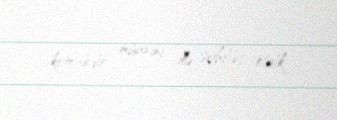
komandir müavini ilə söhbət etdik.